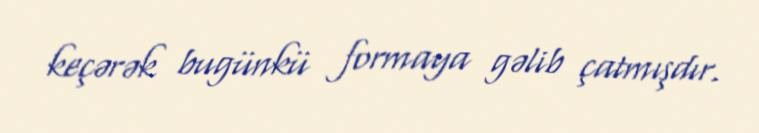
keçərək bugünkü formaya gəlib çatmışdır.